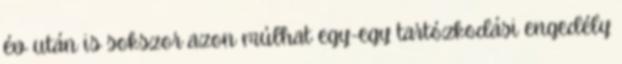
év után is sokszor azon múlhat egy-egy tartózkodási engedély